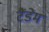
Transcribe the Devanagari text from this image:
टैंडेम